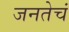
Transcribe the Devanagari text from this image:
जनतेचं